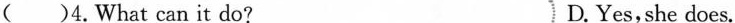
()4.What can it do? D. Yes,she does.